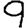
Digit: 9